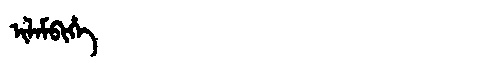
Manchu: ᡳᠯᠠᠮᠪᡳᡥᡝ
Romanization: ILAMBIHE